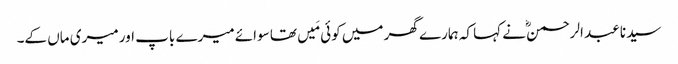
سیدنا عبد الرحمنؓ نے کہا کہ ہمارے گھر میں کوئی مَیں تھا سوائے میرے باپ اور میری ماں کے۔